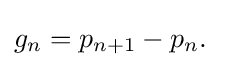
g_{n}=p_{n+1}-p_{n}.\